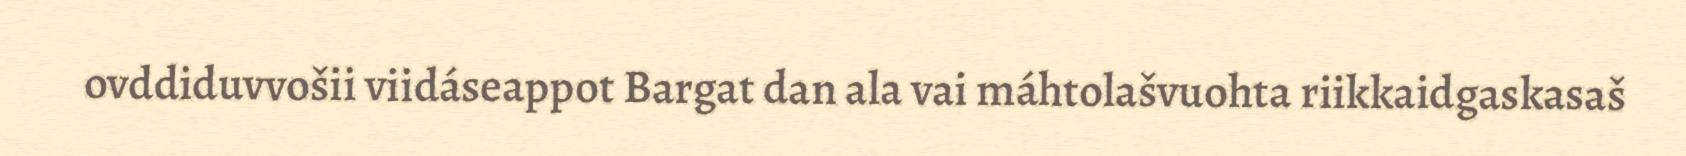
ovddiduvvošii viidáseappot Bargat dan ala vai máhtolašvuohta riikkaidgaskasaš